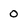
Character: 0